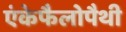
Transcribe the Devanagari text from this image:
एंकेफैलोपैथी